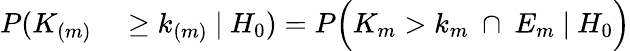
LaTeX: \begin{array}{rl}{P(K_{(m)}}&{{}\geq k_{(m)}\ |\ H_{0})=P\Big(K_{m}>k_{m}\ \cap\ E_{m}\ |\ H_{0}\Big)}\end{array}